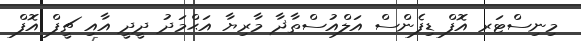
މިނިސްޓަރ އޮފް ޑިފެންސް އަލްއުސްތާޛާ މާރިޔާ އަޙްމަދު ދީދީ އާއި ޗީފް އޮފް